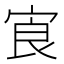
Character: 㝗